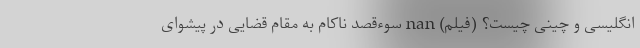
انگلیسی و چینی چیست؟ (فیلم) nan سوءقصد ناکام به مقام‌ قضایی در پیشوای